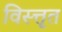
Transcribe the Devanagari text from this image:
विस्त्तृत